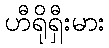
ဟီရိုရှီးမား